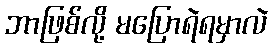
ဘာဖြစ်လို့ မပြောရဲရမှာလဲ